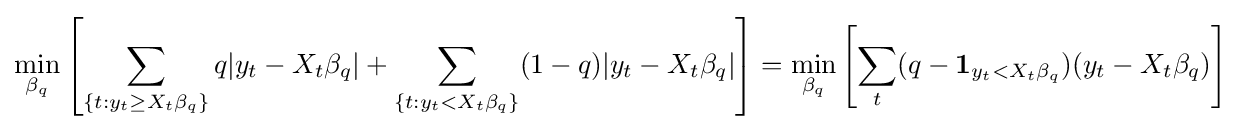
\min \limits _{\beta _{q}}\left[\sum \limits _{\{t:y_{t}\geq X_{t}\beta _{q}\}}q|y_{t}-X_{t}\beta _{q}|+\sum \limits _{\{t:y_{t}<X_{t}\beta _{q}\}}(1-q)|y_{t}-X_{t}\beta _{q}|\right]=\min \limits _{\beta _{q}}\left[\sum \limits _{t}(q-\mathbf {1} _{y_{t}<X_{t}\beta _{q}})(y_{t}-X_{t}\beta _{q})\right]